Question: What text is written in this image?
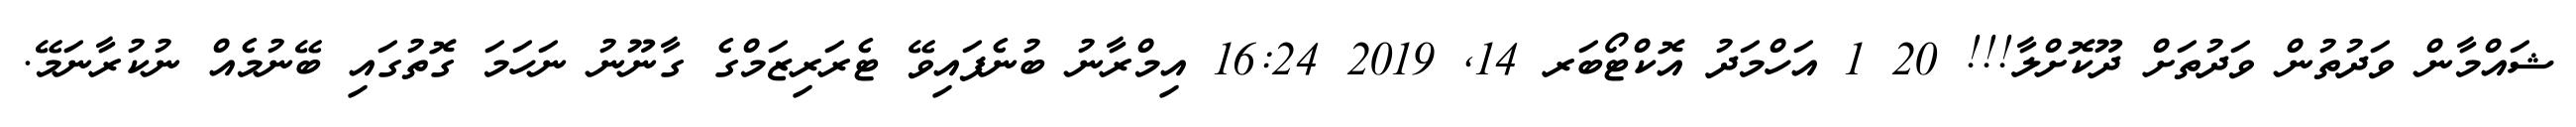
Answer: ޝައްމާން ވަދުތުން ވަދުތަށް ދޫކޮށްލާ!!! 20 1 އަހްމަދު އޮކްޓޯބަރ 14, 2019 16:24 އިމްރާނު ބުނެފައިވޭ ޓެރަރިޒަމްގެ ގާނޫނު ނަހަމަ ގޮތުގައި ބޭނުމެއް ނުކުރާނަމޭ.